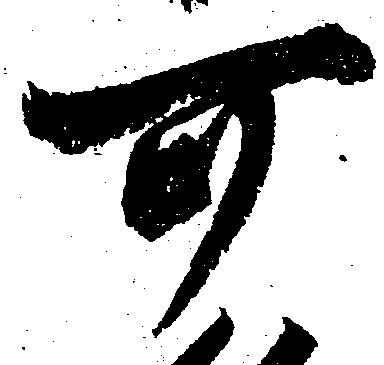
可